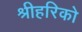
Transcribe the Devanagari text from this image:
श्रीहरिको